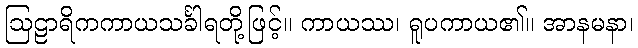
ဩဠာရိကကာယသင်္ခါရတို့ဖြင့်။ ကာယဿ၊ ရူပကာယ၏။ အာနမနာ၊